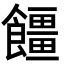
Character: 𮩓